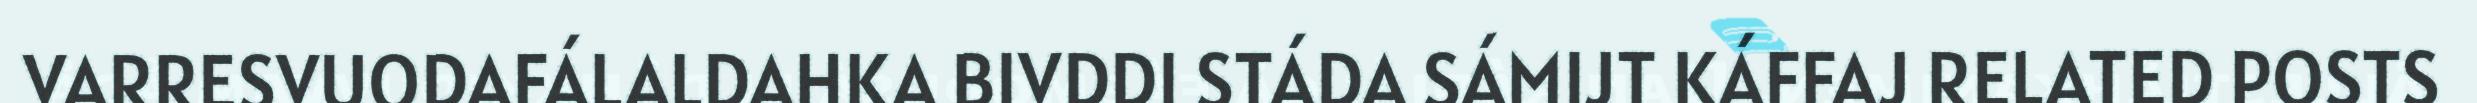
VARRESVUODAFÁLALDAHKA BIVDDI STÁDA SÁMIJT KÁFFAJ RELATED POSTS